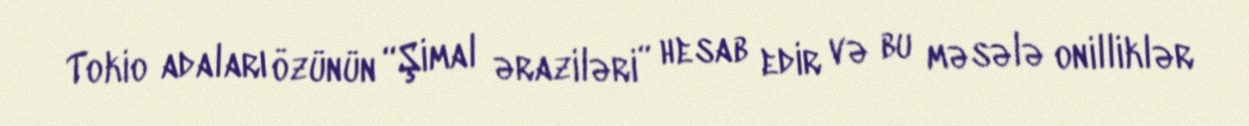
Tokio adaları özünün “Şimal əraziləri” hesab edir və bu məsələ onilliklər